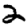
Digit: 2